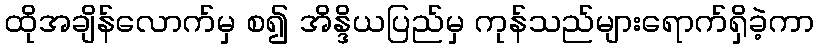
ထိုအချိန်လောက်မှ စ၍ အိန္ဒိယပြည်မှ ကုန်သည်များရောက်ရှိခဲ့ကာ